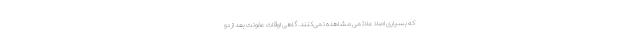
که بسیاری اصلاً علائمی مشاهده نمی‌کنند. گاهی اوقات عفونت بعد از دو